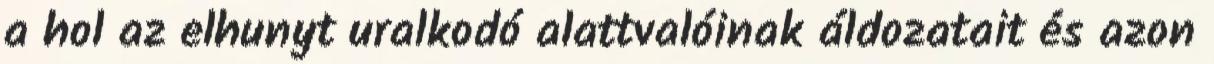
a hol az elhunyt uralkodó alattvalóinak áldozatait és azon